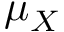
\mu _ { X }